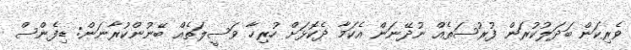
ވެރިކަން ބަދަލުކުރަން ފުރުސަތެއް ނުދޭނަން އެކަމާ ދެކޮޅަށް ހުރިހާ ވަސީލަތެއް ބޭނުންކުރާނަން: ޑިފެންސް